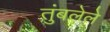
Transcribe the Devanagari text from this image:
तुंबलेले